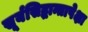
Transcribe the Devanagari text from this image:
सूर्यसिद्धान्तापेक्षा